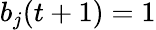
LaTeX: b_{j}(t+1)=1